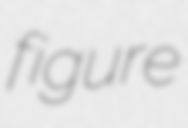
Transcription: figure